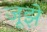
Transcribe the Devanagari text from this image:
जूझे